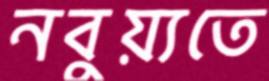
নবুয়্যতে